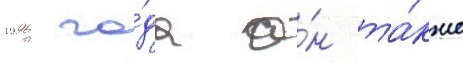
1996 го́да о́н та́кже